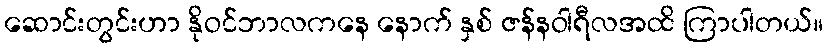
ဆောင်းတွင်းဟာ နိုဝင်ဘာလကနေ နောက် နှစ် ဇန်နဝါရီလအထိ ကြာပါတယ်။